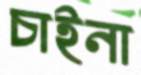
চাইনা